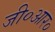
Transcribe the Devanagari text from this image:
जी०आर०